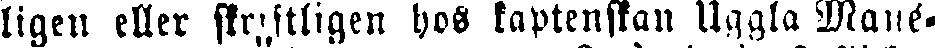
ligen eller skriftligen hos kaptenskan Uggla Mané-